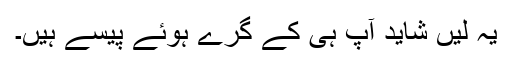
یہ لیں شاید آپ ہی کے گرے ہوئے پیسے ہیں۔